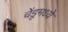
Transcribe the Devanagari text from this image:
चेंडूमध्ये